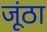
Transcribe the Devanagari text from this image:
जूंठा